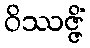
ဝိဿဇ္ဇိံ